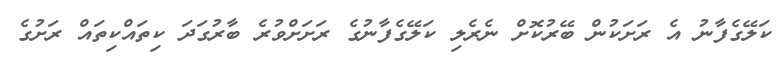
ކަލޭގެފާނު އެ ރަށަކުން ބޭރުކޮށް ނެރެލި ކަލޭގެފާނުގެ ރަށަށްވުރެ ބާރުގަދަ ކިތައްކިތައް ރަށުގެ